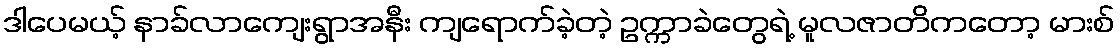
ဒါပေမယ့် နာခ်လာကျေးရွာအနီး ကျရောက်ခဲ့တဲ့ ဥက္ကာခဲတွေရဲ့ မူလဇာတိကတော့ မားစ်